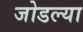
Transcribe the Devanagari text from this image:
जोडल्‍या